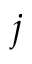
j